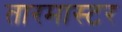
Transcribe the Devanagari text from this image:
तारमास्टर